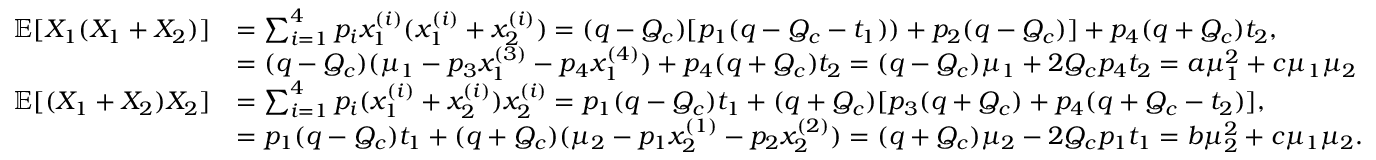
\begin{array} { r l } { \mathbb { E } [ X _ { 1 } ( X _ { 1 } + X _ { 2 } ) ] } & { = \sum _ { i = 1 } ^ { 4 } p _ { i } x _ { 1 } ^ { ( i ) } ( x _ { 1 } ^ { ( i ) } + x _ { 2 } ^ { ( i ) } ) = ( q - Q _ { c } ) [ p _ { 1 } ( q - Q _ { c } - t _ { 1 } ) ) + p _ { 2 } ( q - Q _ { c } ) ] + p _ { 4 } ( q + Q _ { c } ) t _ { 2 } , } \\ & { = ( q - Q _ { c } ) ( \mu _ { 1 } - p _ { 3 } x _ { 1 } ^ { ( 3 ) } - p _ { 4 } x _ { 1 } ^ { ( 4 ) } ) + p _ { 4 } ( q + Q _ { c } ) t _ { 2 } = ( q - Q _ { c } ) \mu _ { 1 } + 2 Q _ { c } p _ { 4 } t _ { 2 } = a \mu _ { 1 } ^ { 2 } + c \mu _ { 1 } \mu _ { 2 } } \\ { \mathbb { E } [ ( X _ { 1 } + X _ { 2 } ) X _ { 2 } ] } & { = \sum _ { i = 1 } ^ { 4 } p _ { i } ( x _ { 1 } ^ { ( i ) } + x _ { 2 } ^ { ( i ) } ) x _ { 2 } ^ { ( i ) } = p _ { 1 } ( q - Q _ { c } ) t _ { 1 } + ( q + Q _ { c } ) [ p _ { 3 } ( q + Q _ { c } ) + p _ { 4 } ( q + Q _ { c } - t _ { 2 } ) ] , } \\ & { = p _ { 1 } ( q - Q _ { c } ) t _ { 1 } + ( q + Q _ { c } ) ( \mu _ { 2 } - p _ { 1 } x _ { 2 } ^ { ( 1 ) } - p _ { 2 } x _ { 2 } ^ { ( 2 ) } ) = ( q + Q _ { c } ) \mu _ { 2 } - 2 Q _ { c } p _ { 1 } t _ { 1 } = b \mu _ { 2 } ^ { 2 } + c \mu _ { 1 } \mu _ { 2 } . } \end{array}